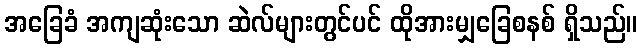
အခြေခံ အကျဆုံးသော ဆဲလ်များတွင်ပင် ထိုအားမျှခြေစနစ် ရှိသည်။